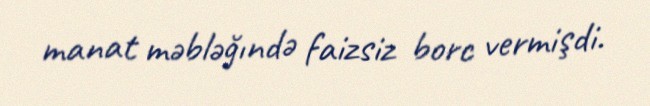
manat məbləğındə faizsiz borc vermişdi.